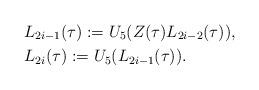
LaTeX: \begin{align*}&L_{2i-1}(\tau):=U_5(Z(\tau)L_{2i-2}(\tau)), \\&L_{2i}(\tau):=U_5(L_{2i-1}(\tau)).\end{align*}